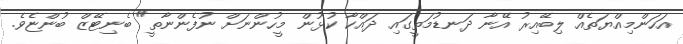
އަހަންމިއްޔަތެއް ލިބޭއިރު އޭނާ ދަނޑުމަތީގައި ދައްކާ ކުޅުން މީހުންނަށް ނުފެންނާތީ" ބެނިޓޭޒް ބުންޏެވެ.